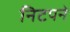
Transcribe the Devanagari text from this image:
निटपने